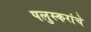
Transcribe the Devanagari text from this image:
पलुस्करांचे